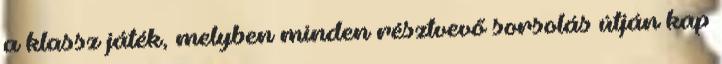
a klassz játék, melyben minden résztvevő sorsolás útján kap